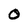
Character: O